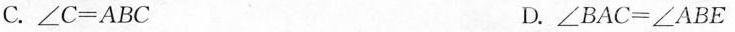
C.∠C=ABC D.∠BAC=∠ABEA